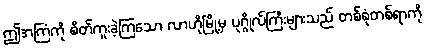
ဤအကြံကို စိတ်ကူးခဲ့ကြသော လာဟိုမြို့မှ ပုဂ္ဂိုလ်ကြီးများသည် တစ်စုံတစ်ရာကို